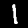
Label: 1